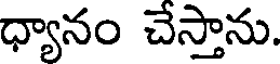
ధ్యానం చేస్తాను.